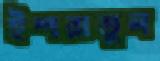
ইশরাতুল